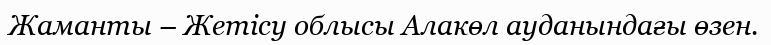
Жаманты – Жетісу облысы Алакөл ауданындағы өзен.